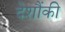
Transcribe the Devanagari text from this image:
देशौंकी